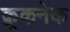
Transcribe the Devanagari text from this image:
क्रूकनेक